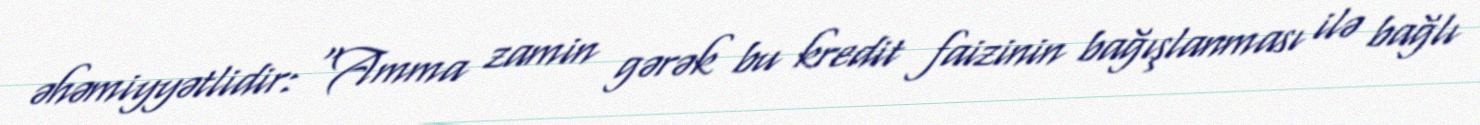
əhəmiyyətlidir: "Amma zamin gərək bu kredit faizinin bağışlanması ilə bağlı